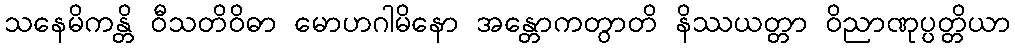
သနေမိကန္တိ ဝီသတိဝိဓာ မောဟဂါမိနော အန္တောကတွာတိ နိဿယတ္တာ ဝိညာဏုပ္ပတ္တိယာ